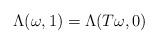
LaTeX: \begin{align*}\Lambda(\omega,1) = \Lambda(T\omega,0)\end{align*}